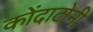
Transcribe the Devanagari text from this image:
कोंदाटोनी